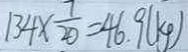
1 3 4 \times \frac { 7 } { 2 0 } = 4 6 . 9 ( k g )